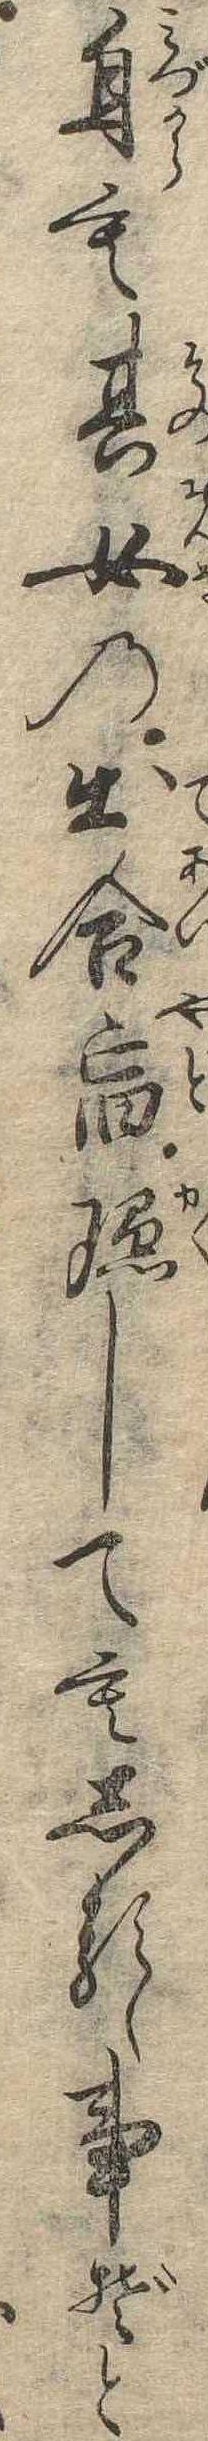
自も其女の出合宿隠してもしるゝ事ぞと